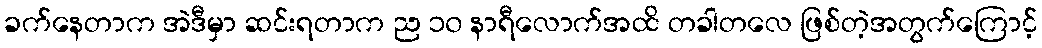
ခက်နေတာက အဲဒီမှာ ဆင်းရတာက ည ၁၀ နာရီလောက်အထိ တခါတလေ ဖြစ်တဲ့အတွက်ကြောင့်